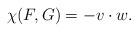
LaTeX: \begin{align*}\chi(F,G)=-v \cdot w.\end{align*}